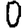
Digit: 0